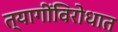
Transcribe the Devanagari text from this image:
त्यागींविरोधात